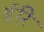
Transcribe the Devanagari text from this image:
ईरि